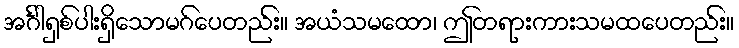
အင်္ဂါရှစ်ပါးရှိသောမဂ်ပေတည်း။ အယံသမထော၊ ဤတရားကားသမထပေတည်း။